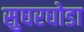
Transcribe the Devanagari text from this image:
सुघरघोडा